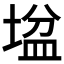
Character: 𡎛